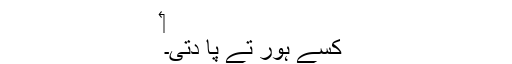
‏
کسے ہور تے پا دِتی۔